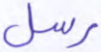
رسل